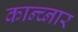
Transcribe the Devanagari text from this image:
कान्च्नार